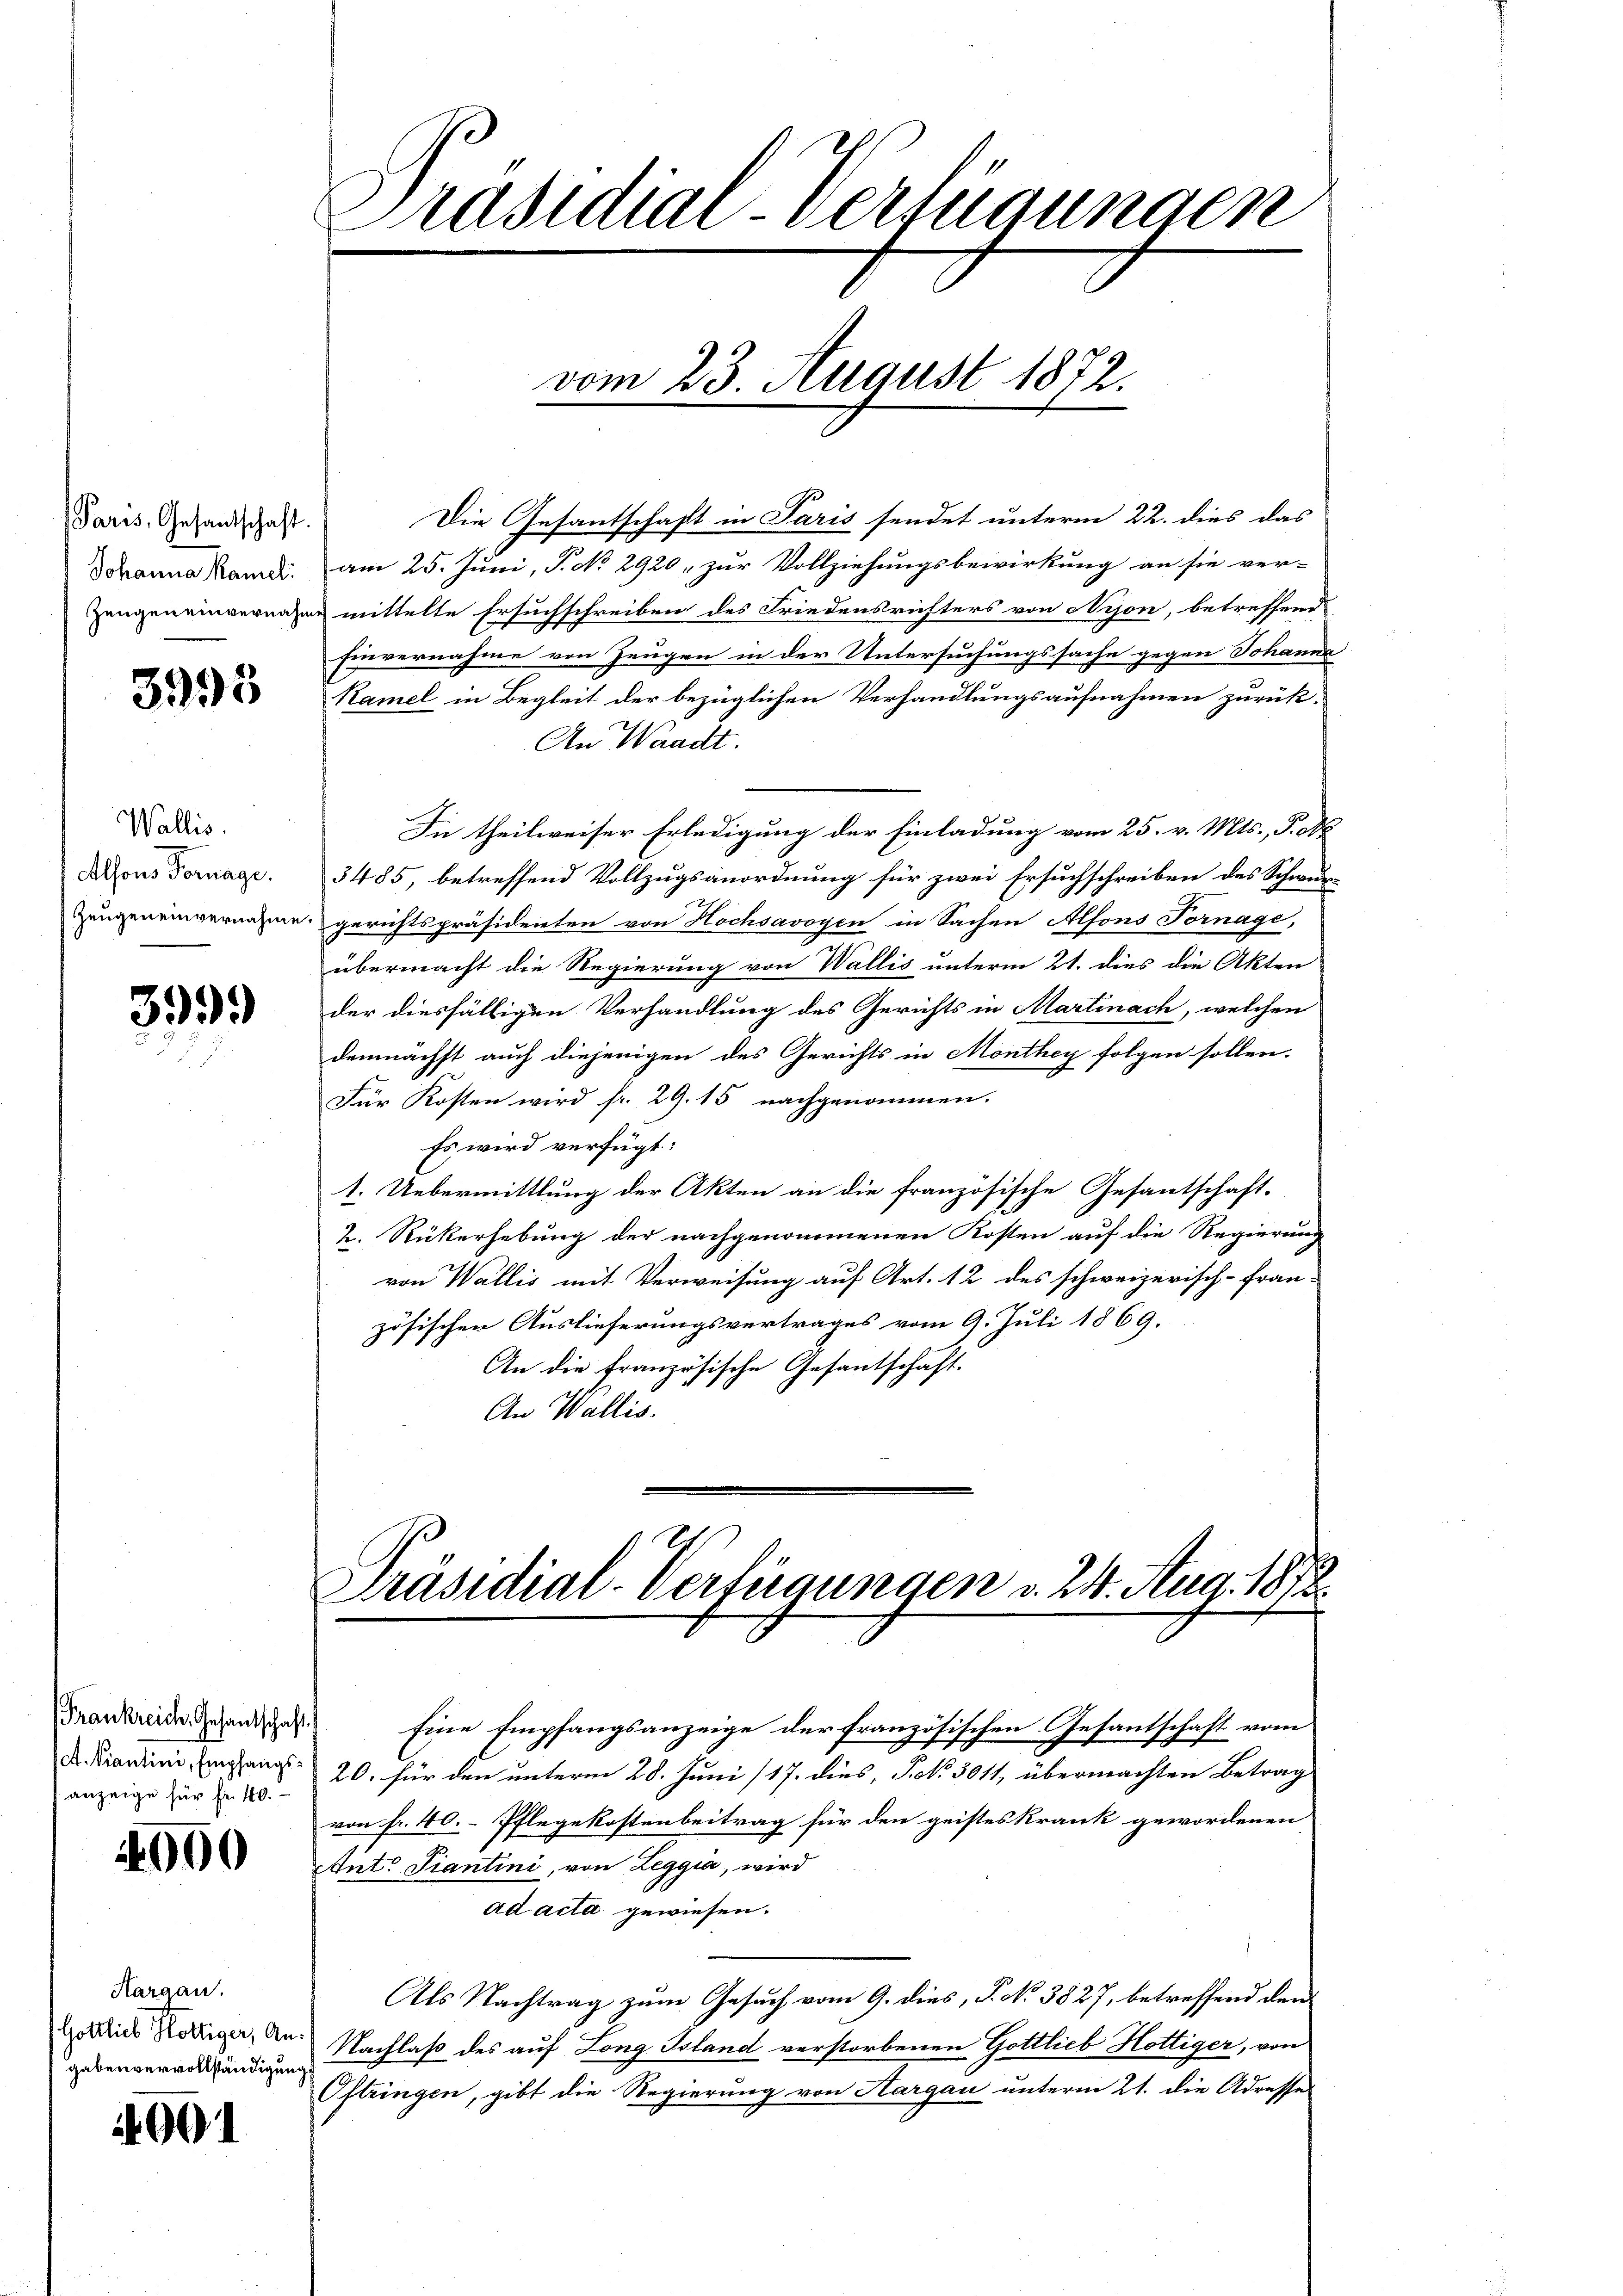
Paris, Gesandtschaft.

3995

Wallis.
Alfons Fornage.

399.

Frankreich. Gesantschaft
anzeige für für 40.

000

Kargau.
Gottlich Hottiger, A.
gaben vervollständigen

4901

Die Gesantschaft in Paris sendet unterm 22. dies das
Johanna Kandi am 25. Juni, P. No. 2920, zur Vollziehungsbewirkung an sie ver-
Zeugen einvernanne mittelte Ersuchschreiben des Friedensrichters von Nyon, betreffend
Einvernahme von Zeugen in der Untersuchungssache gegen Johanna
Ramel in Begleit der bezüglichen Verhandlungsaufnahmen zurück-
An Waadt.
In theilweiser Erledigung der Einladung vom 25. v. Mts., P. N
5485, betreffend Vollzugsanordnung für zwei Ersuchschreiben des Schwur¬
Zeugeneinvernahme gerichtspräsidenten von Hochsavoyen in Sachen Alfons Tornage,
übermacht die Regierung von Wallis unterm 21. dies die Akten
der diesfälligen Verhandlung des Gerichts in Martinach, welchen
demnächst auch diejenigen des Gerichts in Monthey folgen sollen.
Für Kosten wird fr. 29. 15 nachgenommen.
Es wird verfügt:
1. Uebermittlung der Akten an die französische Gesantschaft.
k. Rückerhebung der nachgenommenen Kosten auf die Regierung
von Wallis mit Verweisung auf Art. 12 des schweizerisch-Fran-
zösischen Auslieferungsvertrages vom 9. Juli 1869.
An die französische Gesantschaft.
An Wallis.

Präsidial-Verfügungen

vom 23. August 1872.

1
Präsidial-Verfügungen v. 24. Aug. 1873.

Eine Empfangsanzeige der französischen Gesantschaft vom
D. Fiardinie mang: 20. für den unterm 28. Juni /17. dies, Fr. 5011, übermachten Betrag
von fr. 40. Pflegekostenbeitrag für den geistes krank gewordenen
Ant. Fiantini, von Leggia, wird
ad acta gewiesen.
Als Nachtrag zum Gesuch vom 9. dies, P. No 3827, betreffend der
 Nachlaß des auf Long Island verstorbenen Gottlieb Hottiger, von
Oftringen, gibt die Regierung von Hargau unterm 21. die Adresser